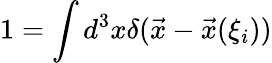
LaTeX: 1=\int d^{3}x\delta(\vec{x}-\vec{x}(\xi_{i}))